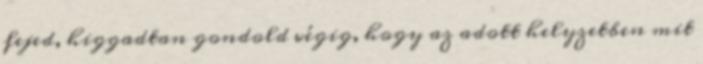
fejed, higgadtan gondold végig, hogy az adott helyzetben mit